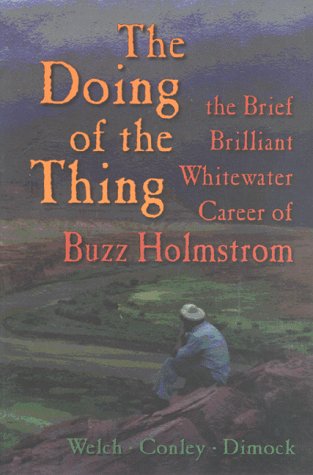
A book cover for The Doing of the Thing: The Brief Brilliant Whitewater Career of Buzz Holmstrom; Vince Welch; Sports & Outdoors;